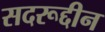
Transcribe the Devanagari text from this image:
सदरूद्दीन